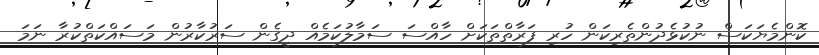
ކޮންމެޔަކަސް ނުކުޅެދުންތެރިކަން ހުރި ފަރާތްތަކަށް ހާއްސަ ސަމާލުކަމެއް ދީގެން ސަރުކާރުން މަސައްކަތްކުރާ ނަމަ